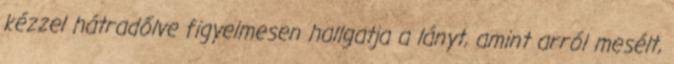
kézzel hátradőlve figyelmesen hallgatja a lányt, amint arról mesélt,